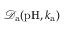
\mathcal { D } _ { \mathrm { a } } ( \mathrm { p H } , k _ { \mathrm { a } } )